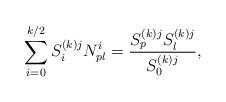
LaTeX: \begin{align*}\sum_{i=0}^{k/2} S_i^{(k)j} N_{pl}^i = \frac{S_p^{(k)j} S_l^{(k)j}}{S_0^{(k)j}},\end{align*}